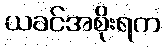
ယခင်အစိုးရက